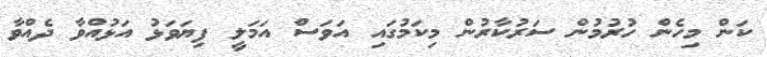
ކަން މިހެން ހުރުމުން ސަރުކާރުން މިކަމުގައި އަވަސް އަމަލީ ފިޔަވަޅު އަޅުއްވާ ދެއްވާ